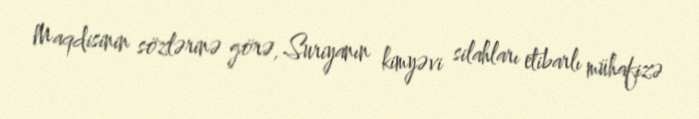
Maqdisinin sözlərinə görə, Suriyanın kimyəvi silahları etibarlı mühafizə